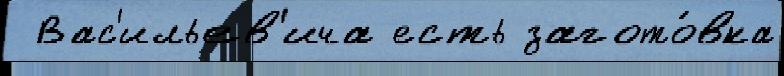
 Вас'ильев'ича есть загото́вка